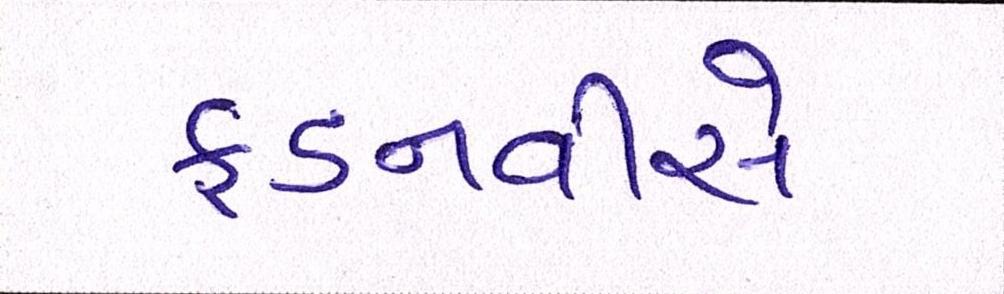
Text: ફડનવીસે